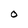
Character: O